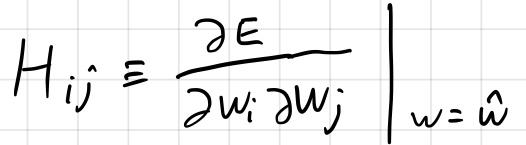
\[ H_{ij} \equiv \left. \frac{\partial E}{\partial w_i \partial w_j} \right|_{w = \hat{w}} \]